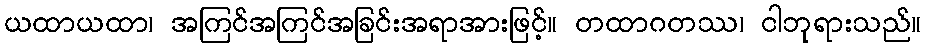
ယထာယထာ၊ အကြင်အကြင်အခြင်းအရာအားဖြင့်။ တထာဂတဿ၊ ငါဘုရားသည်။